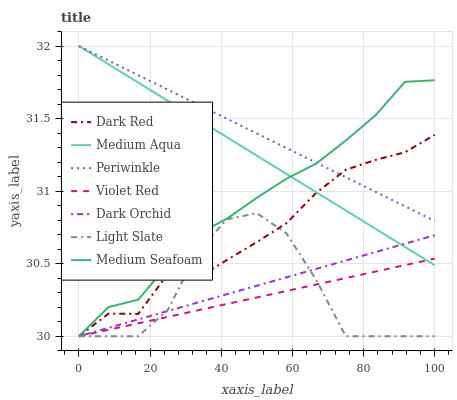
| xaxis_label | Dark Red | Medium Aqua | Periwinkle | Violet Red | Dark Orchid | Light Slate | Medium Seafoam |
 | --- | --- | --- | --- | --- | --- | --- | --- |
 | 0 | 30 | 32 | 32 | 30 | 30 | 30 | 30 |
 | 8.33 | 30.2 | 31.9 | 31.9 | 30 | 30.1 | 30 | 30.2 |
 | 16.7 | 30.2 | 31.7 | 31.8 | 30.1 | 30.1 | 30 | 30.3 |
 | 25 | 30.4 | 31.6 | 31.7 | 30.1 | 30.2 | 30.2 | 30.5 |
 | 33.3 | 30.4 | 31.5 | 31.6 | 30.2 | 30.2 | 30.6 | 30.7 |
 | 41.7 | 30.5 | 31.4 | 31.5 | 30.2 | 30.3 | 30.8 | 30.8 |
 | 50 | 30.6 | 31.2 | 31.4 | 30.3 | 30.3 | 30.8 | 31 |
 | 58.3 | 30.8 | 31.1 | 31.3 | 30.3 | 30.4 | 30.7 | 31.1 |
 | 66.7 | 31 | 31 | 31.2 | 30.4 | 30.5 | 30.4 | 31.2 |
 | 75 | 31.1 | 30.9 | 31.1 | 30.4 | 30.5 | 30 | 31.3 |
 | 83.3 | 31.2 | 30.7 | 31 | 30.4 | 30.6 | 30 | 31.5 |
 | 91.7 | 31.3 | 30.6 | 30.9 | 30.5 | 30.6 | 30 | 31.8 |
 | 100 | 31.4 | 30.5 | 30.8 | 30.5 | 30.7 | 30 | 31.8 |